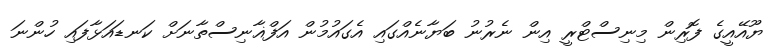
ޔޫއޭއީގެ ފޮރިން މިނިސްޓްރީ އިން ނެރުނު ބަޔާނެއްގައި އެގައުމުން އަފްޣާނިސްތާނަށް ކަނޑައަޅާފައި ހުންނަ